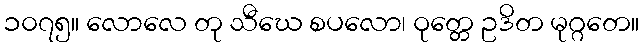
၁၀၇၅။ လောလေ တု သီဃေ စပလော၊ ဝုတ္တေ ဥဒိတ မုဂ္ဂတေ။